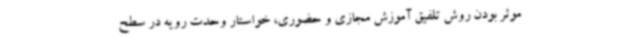
موثر بودن روش تلفیق آموزش مجازی و حضوری، خواستار وحدت رویه در سطح